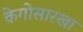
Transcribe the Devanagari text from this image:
केगोसारखा